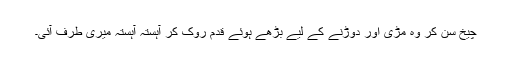
چیخ سن کر وہ مڑی اور دوڑنے کے لیے بڑھے ہوئے قدم روک کر آہستہ آہستہ میری طرف آئی۔